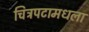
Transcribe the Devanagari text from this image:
चित्रपटामधला